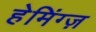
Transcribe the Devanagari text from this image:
हेमिंग्ज़